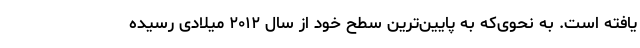
یافته است. به نحوی‌که به پایین‌ترین سطح خود از سال ۲۰۱۲ میلادی رسیده